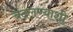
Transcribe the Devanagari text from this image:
बदलण्याशी